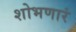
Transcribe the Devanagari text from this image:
शोभणारं